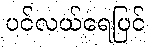
ပင်လယ်ရေပြင်